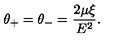
\: \theta _ { + } = \theta _ { - } = \frac { 2 \mu \xi } { E ^ { 2 } } . \: